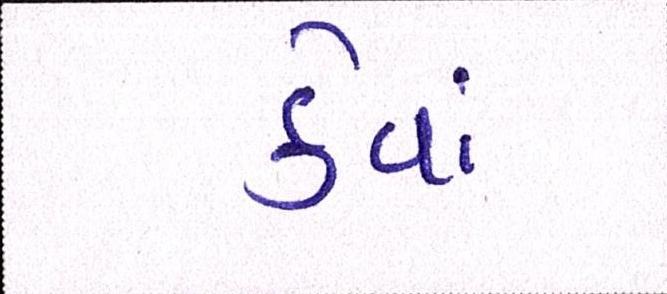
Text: કેવાં